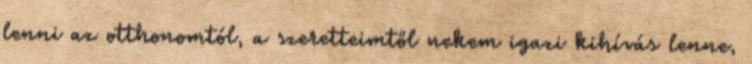
lenni az otthonomtól, a szeretteimtől nekem igazi kihívás lenne,